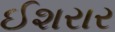
ઈશરાર